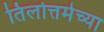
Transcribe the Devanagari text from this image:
तिलोत्तमेच्या